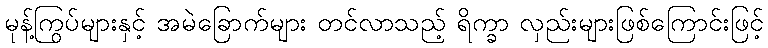
မုန့်ကြွပ်များနှင့် အမဲခြောက်များ တင်လာသည့် ရိက္ခာ လှည်းများဖြစ်ကြောင်းဖြင့်